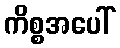
ကိစ္စအပေါ်